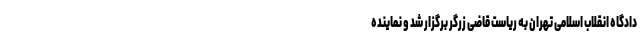
دادگاه انقلاب اسلامی تهران به ریاست قاضی زرگر برگزار شد و نماینده